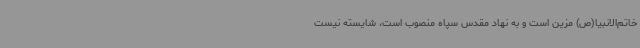
خاتم‌الانبیا(ص) مزین است و به نهاد مقدس سپاه منصوب است، شایسته نیست